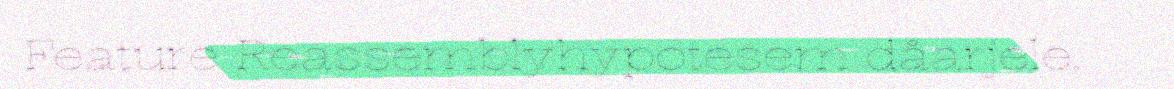
Feature Reassemblyhypotesem dåarjele.